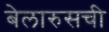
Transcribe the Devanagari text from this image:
बेलारुसची